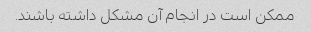
ممکن است در انجام آن مشکل داشته باشند.